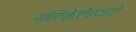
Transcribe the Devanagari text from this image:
नलिकेऐवजी